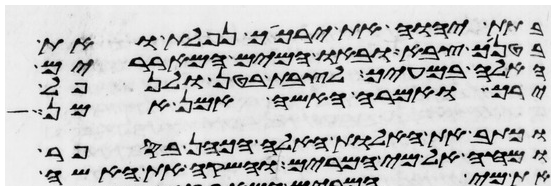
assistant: בתת יהוה את ירכיך נפלת ואת
בטניך צבא ובאו המים המאררים
האלה במעיך לצבת בטן ולנפל
ירך ואמרה האשה אמן אמן
וכתב את האלות האלה הכהן בספר
ומחה אל מי המרים והשקה את האשה